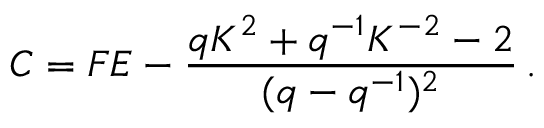
C = F E - \frac { q K ^ { 2 } + q ^ { - 1 } K ^ { - 2 } - 2 } { ( q - q ^ { - 1 } ) ^ { 2 } } \, . \nonumber